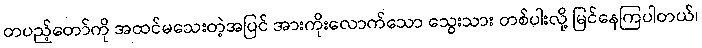
တပည့်တော်ကို အထင်မသေးတဲ့အပြင် အားကိုးလောက်သော သွေးသား တစ်ပါးလို့ မြင်နေကြပါတယ်၊